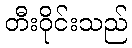
တီးဝိုင်းသည်